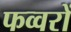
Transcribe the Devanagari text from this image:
फव्‍वरों